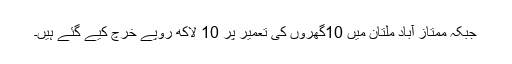
جبکہ ممتاز آباد ملتان میں 10گھروں کی تعمیر پر 10 لاکھ روپے خرچ کیے گئے ہیں۔